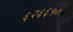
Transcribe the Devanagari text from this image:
६२६६५०